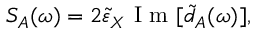
S _ { A } ( \omega ) = 2 \tilde { \varepsilon } _ { X } \mathrm { ~ I ~ m ~ } [ \tilde { d } _ { A } ( \omega ) ] ,